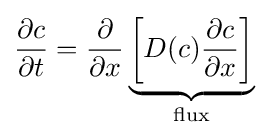
{\frac {\partial c}{\partial t}}={\frac {\partial }{\partial x}}\underbrace {\left[D(c){\frac {\partial c}{\partial x}}\right]} _{\text{flux}}